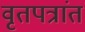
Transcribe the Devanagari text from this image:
वृतपत्रांत